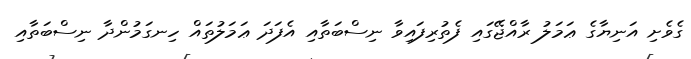
ގެވެށި އަނިޔާގެ ޢަމަލު ރާއްޖޭގައި ފެތުރިފައިވާ ނިސްބަތާއި އެފަދަ ޢަމަލުތައް ހިނގަމުންދާ ނިސްބަތާއި